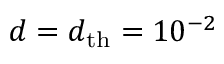
d = d _ { \mathrm { t h } } = 1 0 ^ { - 2 }